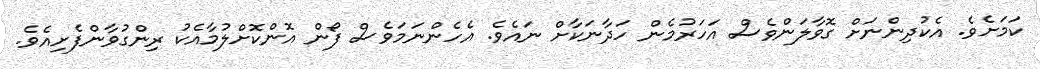
ކަމަށެވެ. އެކުދިންނަށް ގޮވާލަންވެސް އަހަރުމެން ހަދާނަކާށް ނައެވެ. އެހެންނަމަވެސް ފޯން އޮންކޮށްލުމާއެކު ރިންގުވާންފެށިއެވެ.